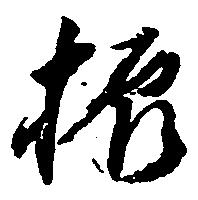
振